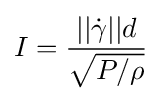
I={\frac {||{\dot {\gamma }}||d}{\sqrt {P/\rho }}}